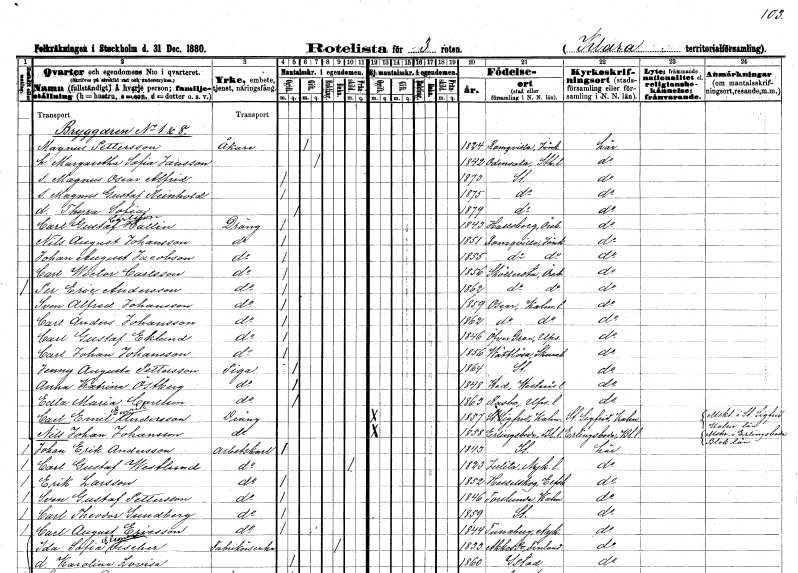
gt_parse: households: individuals: FN: Magnus
EN: Pettersson
YRKE: Åkare
KON: M
CIV: G
FODAR: 1824
FODFORS: Ramkvilla Jönköpings län
FN: Margaretha Sofia
EN: Jansson
KON: K
CIV: G
FODAR: 1842
FODFORS: Odensala Stockholms län
FN: Magnus Oscar Alfrid
KON: M
CIV: O
FODAR: 1873
FODFORS: Stockholm
FN: Magnus Gustaf Reinhold
KON: M
CIV: O
FODAR: 1875
FODFORS: Stockholm
FN: Thyra Sofia
KON: K
CIV: O
FODAR: 1879
FODFORS: Stockholm
FN: Carl Gustaf
EN: Carlsson Hallin
YRKE: Dräng
KON: M
CIV: O
FODAR: 1843
FODFORS: Hallsberg Örebro län
FN: Nils August
EN: Johansson
YRKE: Dräng
KON: M
CIV: O
FODAR: 1851
FODFORS: Ramkvilla Jönköpings län
FN: Johan August
EN: Jacobson
YRKE: Dräng
KON: M
CIV: O
FODAR: 1855
FODFORS: Ramkvilla Jönköpings län
FN: Carl Wictor
EN: Carlsson
YRKE: Dräng
KON: M
CIV: O
FODAR: 1856
FODFORS: Sköllersta Örebro län
FN: Per Eric
EN: Andersson
YRKE: Dräng
KON: M
CIV: O
FODAR: 1862
FODFORS: Sköllersta Örebro län
FN: Sven Alfred
EN: Johansson
YRKE: Dräng
KON: M
CIV: O
FODAR: 1859
FODFORS: Oskar Kalmar län
FN: Carl Anders
EN: Johansson
YRKE: Dräng
KON: M
CIV: O
FODAR: 1862
FODFORS: Oskar Kalmar län
FN: Carl Gustaf
EN: Eklund
YRKE: Dräng
KON: M
CIV: O
FODAR: 1846
FODFORS: Övergran Uppsala län
FN: Carl Johan
EN: Johansson
YRKE: Dräng
KON: M
CIV: O
FODAR: 1856
FODFORS: Vättlösa Skaraborgs län
FN: Jenny Augusta
EN: Pettersson
YRKE: Piga
KON: K
CIV: O
FODAR: 1864
FODFORS: Stockholm
FN: Anna Katrina
EN: Östberg
YRKE: Piga
KON: K
CIV: O
FODAR: 1848
FODFORS: Hed Västmanlands län
FN: Edla Maria
EN: Carlsson
YRKE: Piga
KON: K
CIV: O
FODAR: 1863
FODFORS: Rasbo Uppsala län
FN: Carl Emil Emrik
EN: Andersson
YRKE: Dräng
KON: M
CIV: O
FODAR: 1857
FODFORS: Sankt Sigfrid Kalmar län
FN: Nils Johan
EN: Johansson
YRKE: Dräng
KON: M
CIV: O
FODAR: 1858
FODFORS: Eringsboda Blekinge län
FN: Johan Erik
EN: Andersson
YRKE: Arbetskarl
KON: M
CIV: O
FODAR: 1843
FODFORS: Stockholm
FN: Carl Gustaf
EN: Westlund
YRKE: Arbetskarl
KON: M
CIV: X
FODAR: 1823
FODFORS: Julita Södermanlands län
FN: Erik
EN: Larsson
YRKE: Arbetskarl
KON: M
CIV: O
FODAR: 1852
FODFORS: Hesselskog Älvsborgs län
FN: Sven Gustaf
EN: Pettersson
YRKE: Arbetskarl
KON: M
CIV: O
FODAR: 1846
FODFORS: Torslunda Kalmar län
FN: Carl Theodor
EN: Sundberg
YRKE: Arbetskarl
KON: M
CIV: O
FODAR: 1859
FODFORS: Stockholm
FN: Carl August
EN: Ericsson
YRKE: Arbetskarl
KON: M
CIV: O
FODAR: 1844
FODFORS: Tunaberg Södermanlands län
FN: Ida Sofia Eleonora
EN: Fischer
YRKE: Fabrikörsänka
KON: K
CIV: E
FODAR: 1833
FN: Karolina Lovisa
KON: K
CIV: O
FODAR: 1860
FODFORS: Ystad Malmöhus län